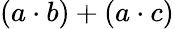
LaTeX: (a\cdot b)+(a\cdot c)